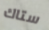
ستاك